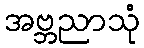
အဗ္ဘညာသုံ